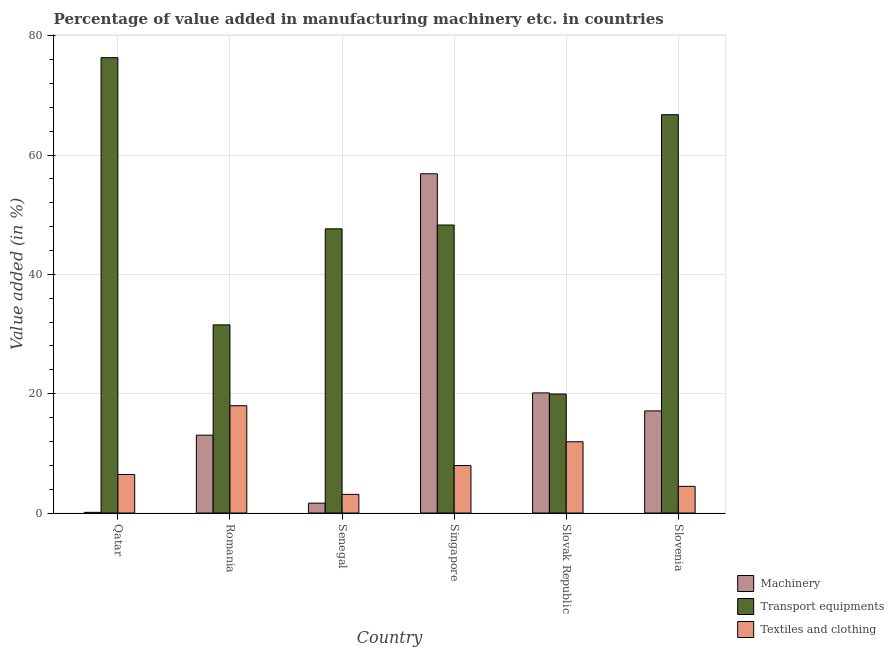
| Country | Machinery | Transport equipments | Textiles and clothing |
 | --- | --- | --- | --- |
 | Qatar | 0.114 | 76.3 | 6.46 |
 | Romania | 13.1 | 31.5 | 18 |
 | Senegal | 1.66 | 47.6 | 3.13 |
 | Singapore | 56.9 | 48.3 | 7.96 |
 | Slovak Republic | 20.1 | 19.9 | 11.9 |
 | Slovenia | 17.1 | 66.8 | 4.47 |